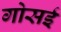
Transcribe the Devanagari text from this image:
गोसई